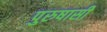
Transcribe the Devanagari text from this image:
पुरुषासी